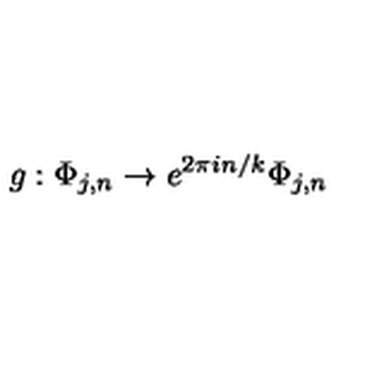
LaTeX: g : \Phi _ { j , n } \to e ^ { 2 \pi i n / k } \Phi _ { j , n }